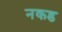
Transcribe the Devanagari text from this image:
नकड